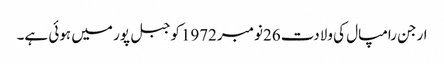
ارجن رامپال کی ولادت 26نومبر1972کوجبل پور میں ہوئی ہے۔